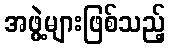
အဖွဲ့များဖြစ်သည့်